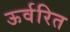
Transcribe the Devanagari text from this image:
ऊर्वरित